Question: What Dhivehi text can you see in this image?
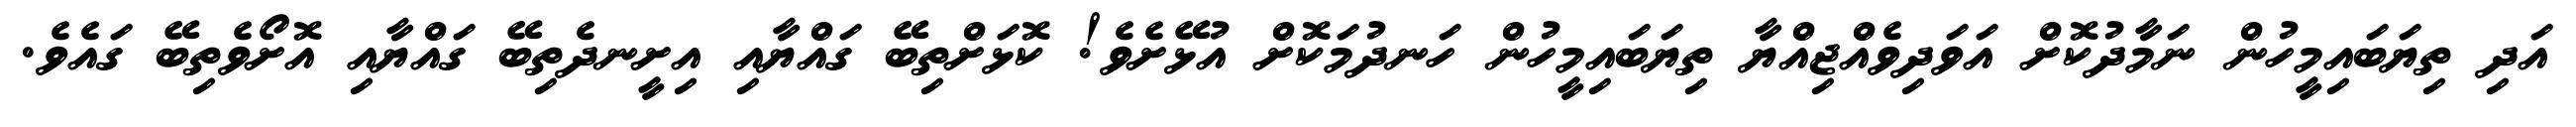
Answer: އަދި ތިޔަބައިމީހުން ނަމާދުކޮށް އަވަދިވެއްޖިއްޔާ ތިޔަބައިމީހުން ހަނދުމަކޮށް އުޅޭށެވެ! ކޮޅަށްތިބޭ ގައްޔާއި އިށީނދެތިބޭ ގައްޔާއި އޮށޯވެތިބޭ ގައެވެ.